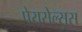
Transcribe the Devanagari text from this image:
पेरासेल्सस